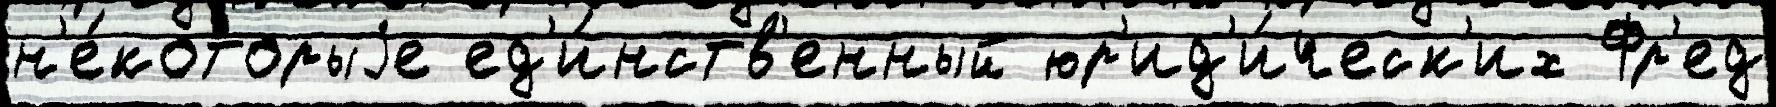
н'е́которыjе ед'и́нств'енный юр'ид'и́ческ'их Фр'ед